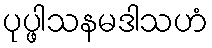
ပုပ္ဖါသနမဒါသဟံ